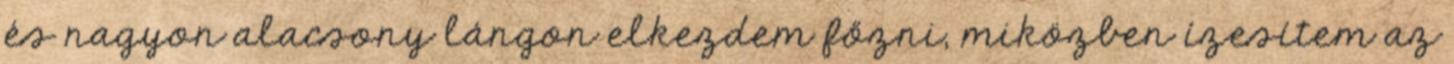
és nagyon alacsony lángon elkezdem főzni, miközben ízesítem az